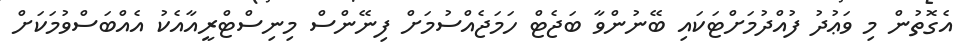
އެގޮތުން މި ވަޢުދު ފުއްދުމަށްޓަކައި ބޭނުންވާ ބަޖެޓް ހަމަޖެއްސުމަށް ފިނޭންސް މިނިސްޓްރީއާއެކު އެއްބަސްވުމަކަށް